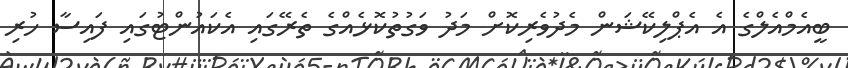
ބީއެމްއެލްގެ އެ އެޕްލިކޭޝަން މެދުވެރިކޮށް މަދު ވަގުތުކޮޅެއްގެ ތެރޭގައި އެކައުންޓުގައި ފައިސާ ހުރި